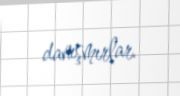
danışmırlar.